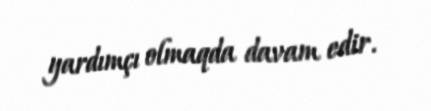
yardımçı olmaqda davam edir.